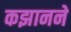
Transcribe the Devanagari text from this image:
कझानने